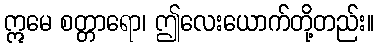
ဣမေ စတ္တာရော၊ ဤလေးယောက်တို့တည်း။